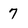
Character: 7